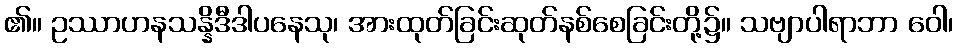
၏။ ဥဿာဟနသန္နိဒီဒါပနေသု၊ အားထုတ်ခြင်းဆုတ်နစ်စေခြင်းတို့၌။ သဗျာပါရာဘာ ဝေါ၊